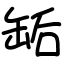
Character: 缿